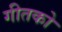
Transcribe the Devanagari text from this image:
गीतको